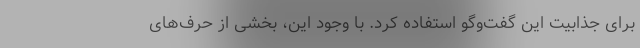
برای جذابیت این گفت‌وگو استفاده کرد. با وجود این، بخشی از حرف‌های